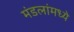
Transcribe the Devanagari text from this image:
मंडलांमध्ये